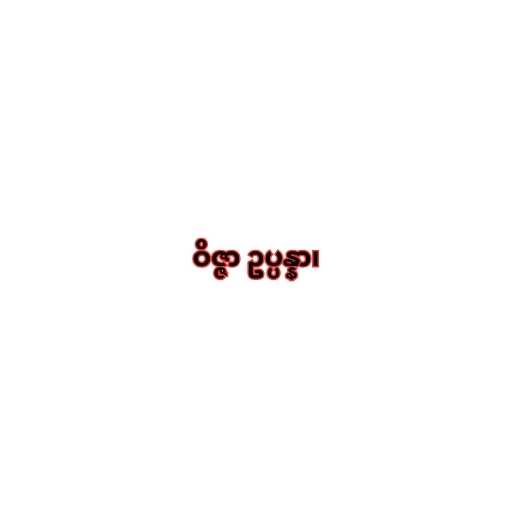
ဝိဇ္ဇာ ဥပ္ပန္နာ၊